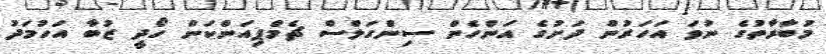
މުބާރާތުގެ ނުވަ އަހަރުން ދަށުގެ އަންހެން ސިންގަލްސް ޗެމްޕިއަންކަން ހޯދީ ޒުބާ އަހުމަދު